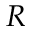
R